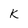
Character: K